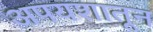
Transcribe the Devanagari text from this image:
अपयशातून